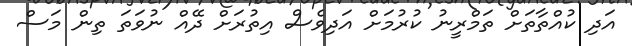
އަދި ކުއްތާތަށް ތަމްރީނު ކުރުމަށް އަދިވެސް އިތުރަށް ދޭއް ނުވަތަ ތިން މަސް